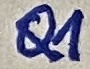
Text: Q1